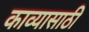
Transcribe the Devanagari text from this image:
काव्यासाठी